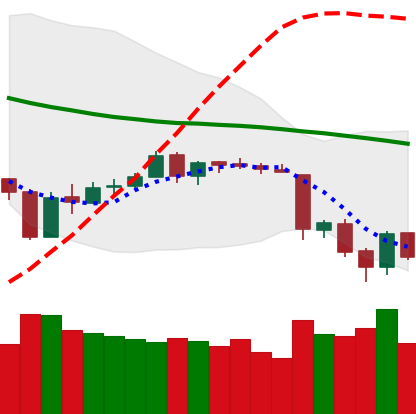
Ticker: ETH-USD
Chart end date: 2018-06-15
Forward return: 9.219%
Label: up_7plus